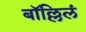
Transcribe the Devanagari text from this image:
बॉल्लिलं